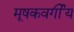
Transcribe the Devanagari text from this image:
मूषकवर्गीय